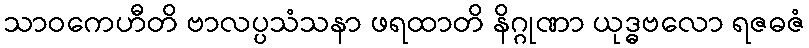
သာဝကေဟီတိ ဗာလပ္ပသံသနာ ဖရထာတိ နိဂ္ဂုဏာ ယုဒ္ဓဗလော ရဇဓဇံ